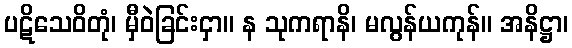
ပဋိသေဝိတုံ၊ မှီဝဲခြင်းငှာ။ န သုကရာနိ၊ မလွန်ယကုန်။ အနိဋ္ဌာ၊